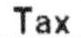
TAX